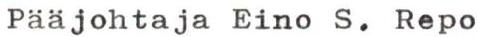
Pääjohtaja Eino S. Repo